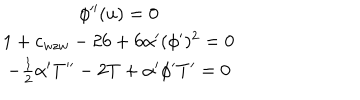
LaTeX: \begin{array} { c } { { \phi ^ { \prime \prime } ( u ) = 0 } } \\ { { 1 + c _ { w z w } - 2 6 + 6 \alpha ^ { \prime } ( \phi ^ { \prime } ) ^ { 2 } = 0 } } \\ { { - \frac { 1 } { 2 } \alpha ^ { \prime } T ^ { \prime \prime } - 2 T + \alpha ^ { \prime } \phi ^ { \prime } T ^ { \prime } = 0 } } \\ \end{array}